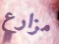
مزارع